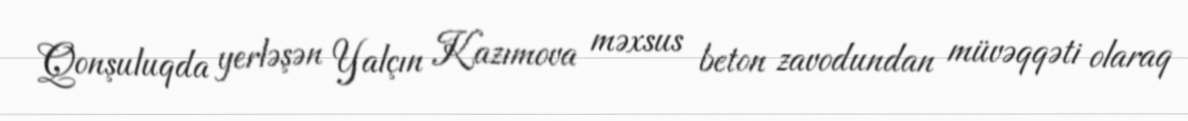
Qonşuluqda yerləşən Yalçın Kazımova məxsus beton zavodundan müvəqqəti olaraq